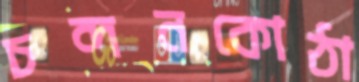
চন্দনকোঠা